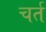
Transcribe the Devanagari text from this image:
चर्त